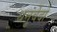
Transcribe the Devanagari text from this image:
धनुर्वेदो